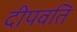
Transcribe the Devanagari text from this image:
दीपवति